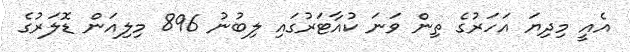
އެއީ މިދިޔަ އަހަރުގެ ތިން ވަނަ ކުއާޓަރުގައި ލިބުނު 896 މިލިއަން ޑޮލަރުގެ